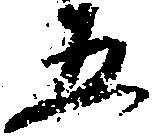
五